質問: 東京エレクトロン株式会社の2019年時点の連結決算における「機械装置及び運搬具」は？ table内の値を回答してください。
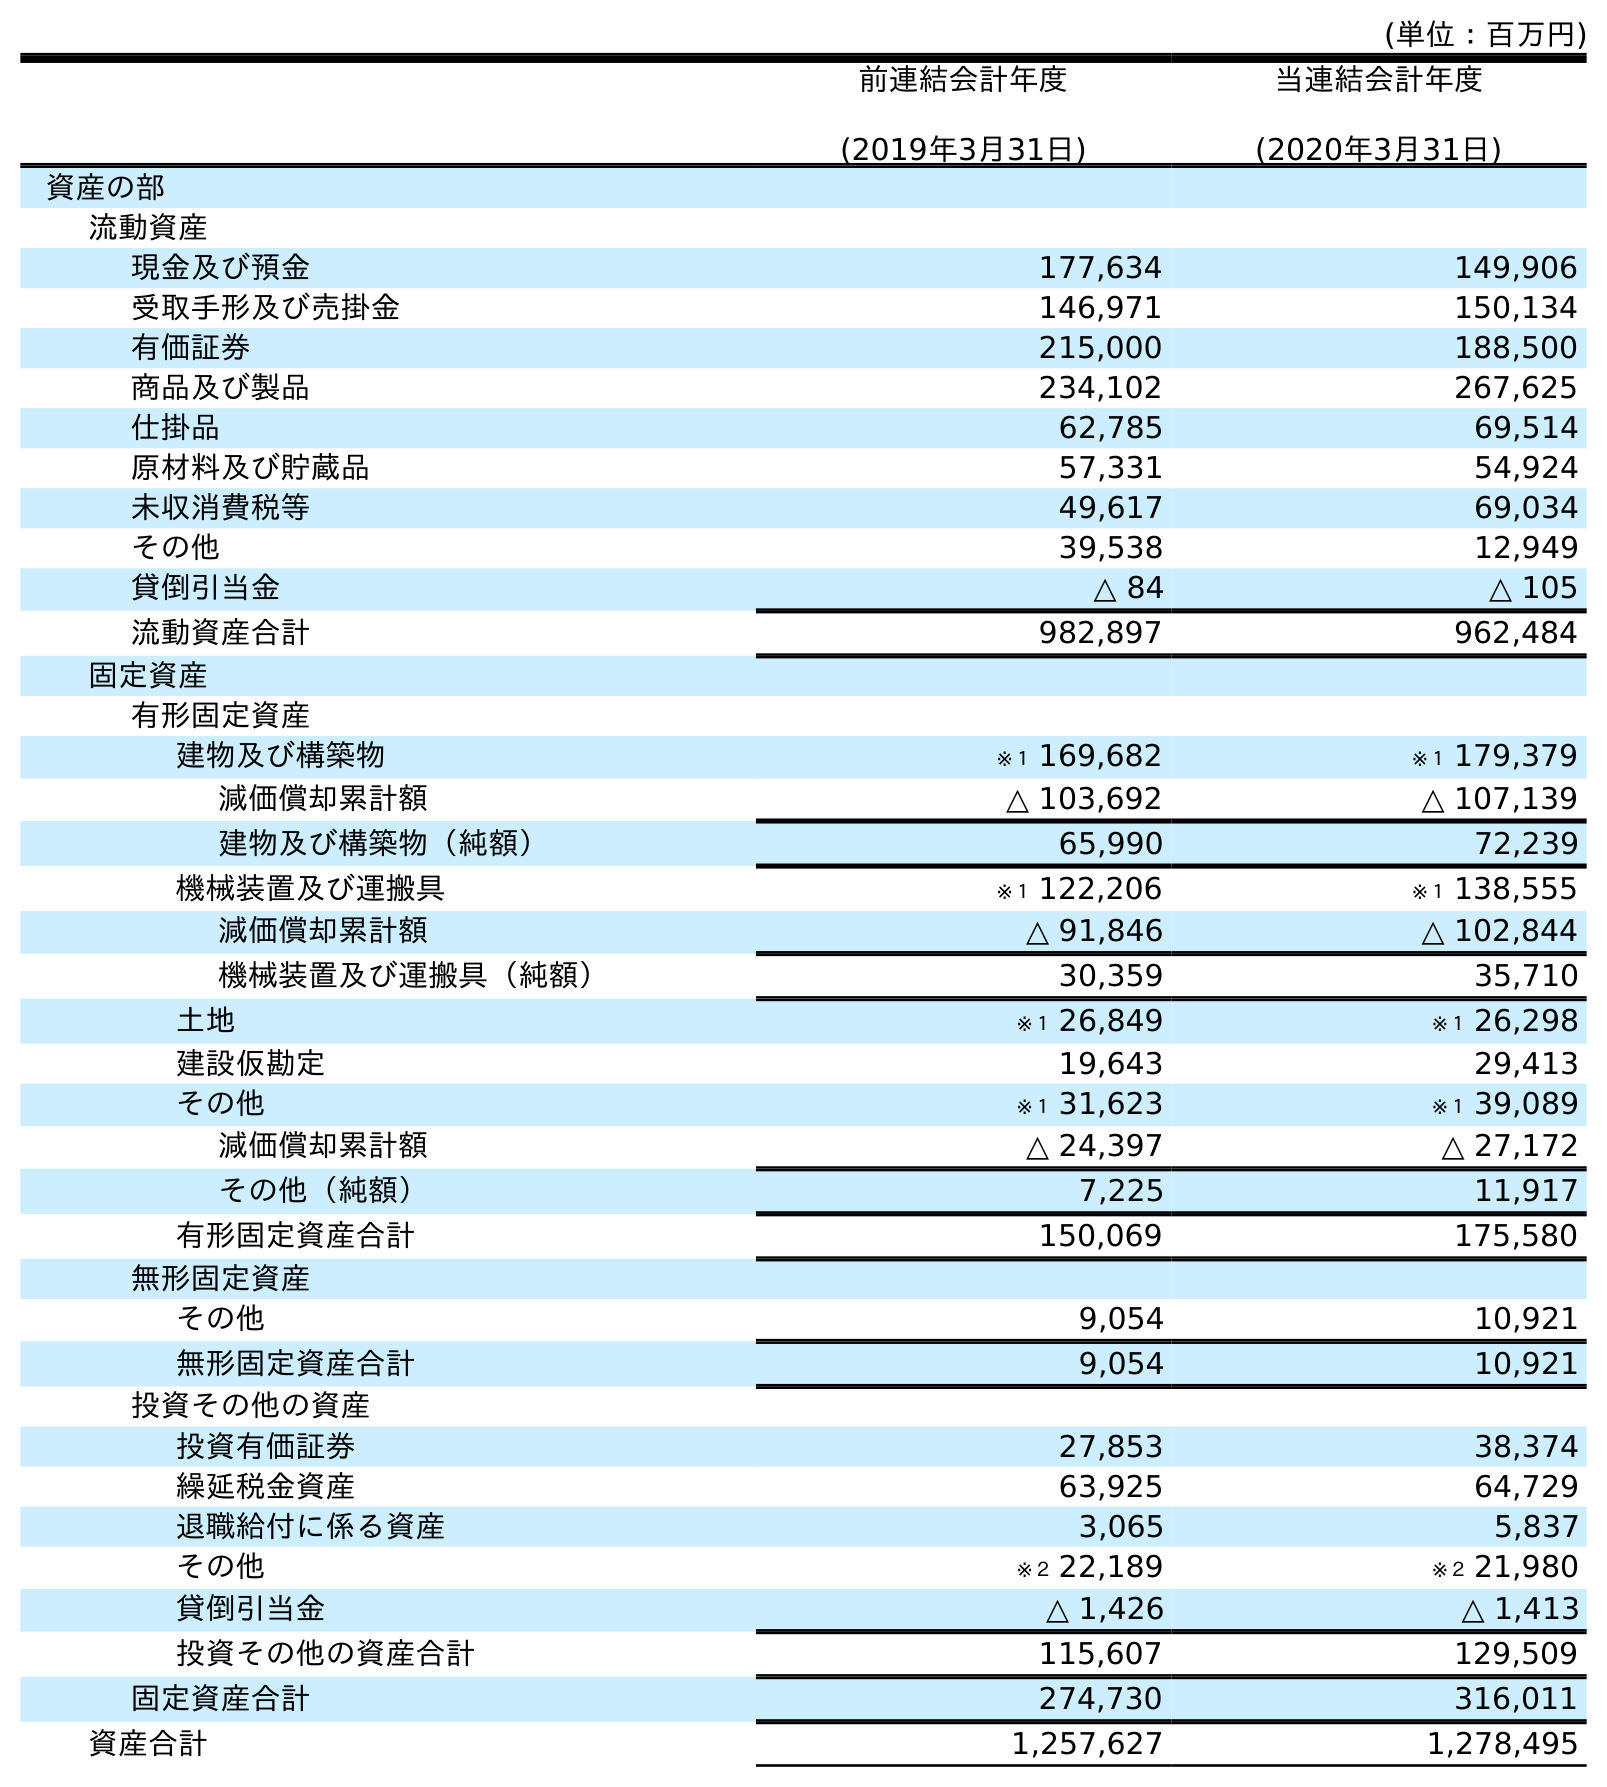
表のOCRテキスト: (単位：百万円) 前連結会計年度 (2019年3月31日) 当連結会計年度 (2020年3月31日) 資産の部 流動資産 現金及び預金 177,634 149,906 受取手形及び売掛金 146,971 150,134 有価証券 215,000 188,500 商品及び製品 234,102 267,625 仕掛品 62,785 69,514 原材料及び貯蔵品 57,331 54,924 未収消費税等 49,617 69,034 その他 39,538 12,949 貸倒引当金 △ 84 △ 105 流動資産合計 982,897 962,484 固定資産 有形固定資産 建物及び構築物 ※１ 169,682 ※１ 179,379 減価償却累計額 △ 103,692 △ 107,139 建物及び構築物（純額） 65,990 72,239 機械装置及び運搬具 ※１ 122,206 ※１ 138,555 減価償却累計額 △ 91,846 △ 102,844 機械装置及び運搬具（純額） 30,359 35,710 土地 ※１ 26,849 ※１ 26,298 建設仮勘定 19,643 29,413 その他 ※１ 31,623 ※１ 39,089 減価償却累計額 △ 24,397 △ 27,172 その他（純額） 7,225 11,917 有形固定資産合計 150,069 175,580 無形固定資産 その他 9,054 10,921 無形固定資産合計 9,054 10,921 投資その他の資産 投資有価証券 27,853 38,374 繰延税金資産 63,925 64,729 退職給付に係る資産 3,065 5,837 その他 ※２ 22,189 ※２ 21,980 貸倒引当金 △ 1,426 △ 1,413 投資その他の資産合計 115,607 129,509 固定資産合計 274,730 316,011 資産合計 1,257,627 1,278,495
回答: ※１122,206